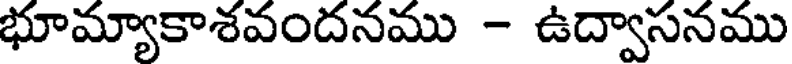
భూమ్యాకాశవందనము - ఉద్వాసనము